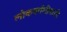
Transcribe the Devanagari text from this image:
लोकवर्गणीवरती